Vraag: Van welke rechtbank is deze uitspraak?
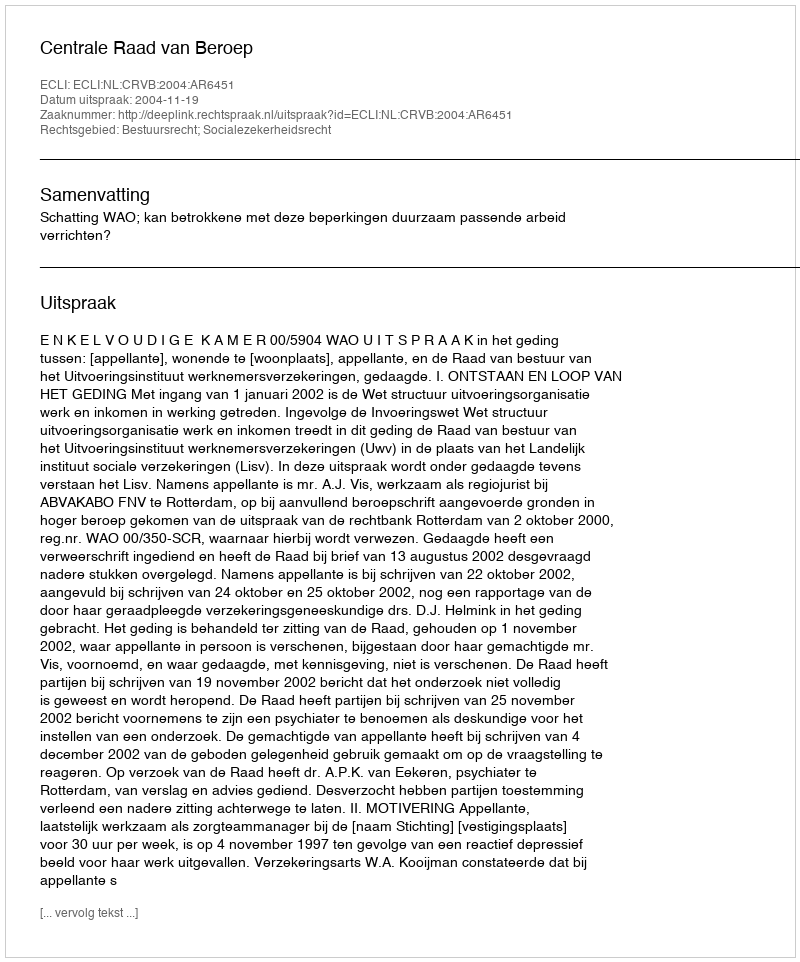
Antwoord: Centrale Raad van Beroep